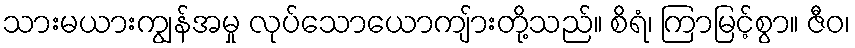
သားမယားကျွန်အမှု လုပ်သောယောကျ်ားတို့သည်။ စိရံ၊ ကြာမြင့်စွာ။ ဇီဝ၊